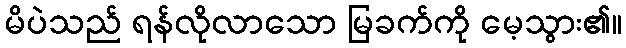
မိပဲသည် ရန်လိုလာသော မြခက်ကို မေ့သွား၏။